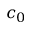
c _ { 0 }